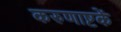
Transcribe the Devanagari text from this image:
करुणाष्टकें